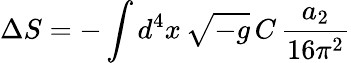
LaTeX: \Delta S=-\int d^{4}x\, \sqrt{-g}\, C\, \frac{a_{2}}{16\pi^{2}}